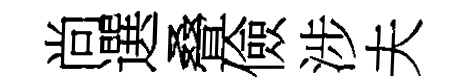
尚選叠儉涉夫